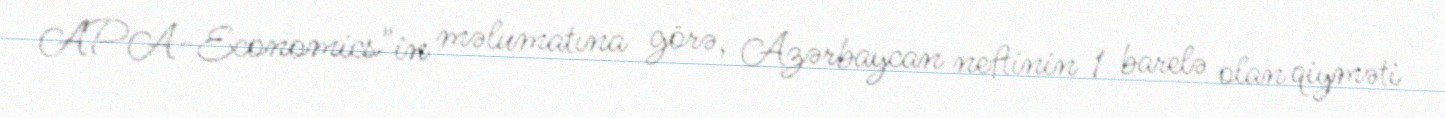
APA-Economics"in məlumatına görə, Azərbaycan neftinin 1 barelə olan qiyməti